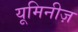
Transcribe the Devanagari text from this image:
यूमिनीज़